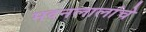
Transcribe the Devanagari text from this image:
मदनलालांचे